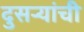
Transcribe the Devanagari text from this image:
दुसऱ्यांची